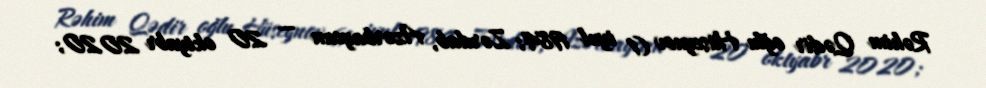
Rəhim Qədir oğlu Hüseynov (1 iyul 1984; Zərdab, Azərbaycan — 20 oktyabr 2020;